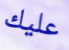
عليك